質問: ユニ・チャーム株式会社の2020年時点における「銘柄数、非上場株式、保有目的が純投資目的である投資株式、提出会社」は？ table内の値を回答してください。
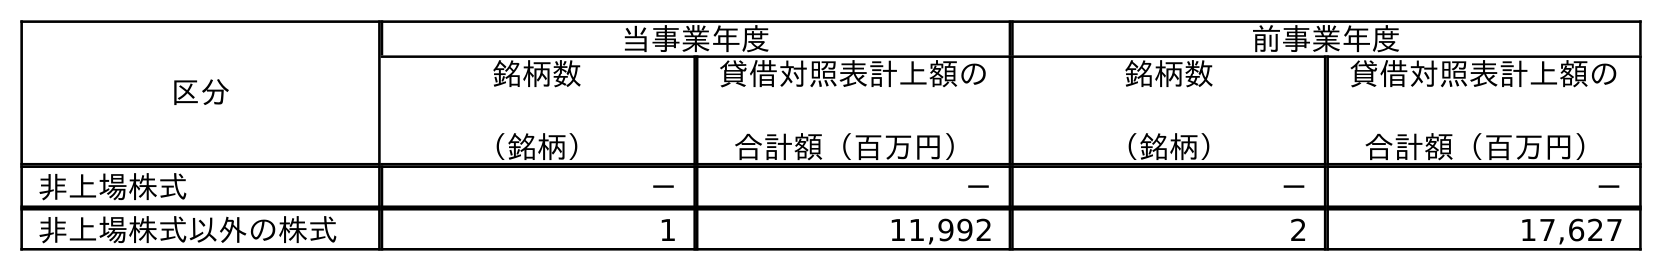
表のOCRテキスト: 区分 当事業年度 前事業年度 銘柄数 （銘柄） 貸借対照表計上額の 合計額（百万円） 銘柄数 （銘柄） 貸借対照表計上額の 合計額（百万円） 非上場株式 － － － － 非上場株式以外の株式 1 11,992 2 17,627
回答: －